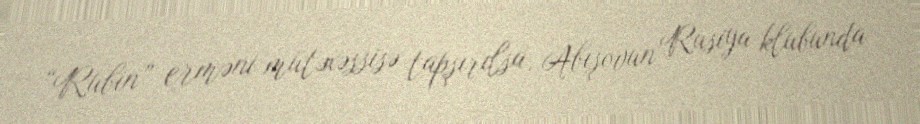
“Rubin” erməni mütəxəssisə tapşırılsa, Abışovun Rusiya klubunda